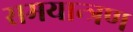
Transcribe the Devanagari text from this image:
समयान्त्रण